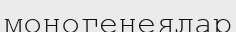
моногенеялар